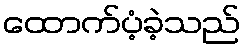
ထောက်ပံ့ခဲ့သည်